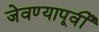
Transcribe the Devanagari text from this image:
जेवण्यापूर्वी